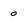
Character: 0